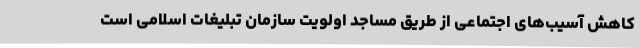
کاهش آسیب‌های اجتماعی از طریق مساجد اولویت سازمان تبلیغات اسلامی است